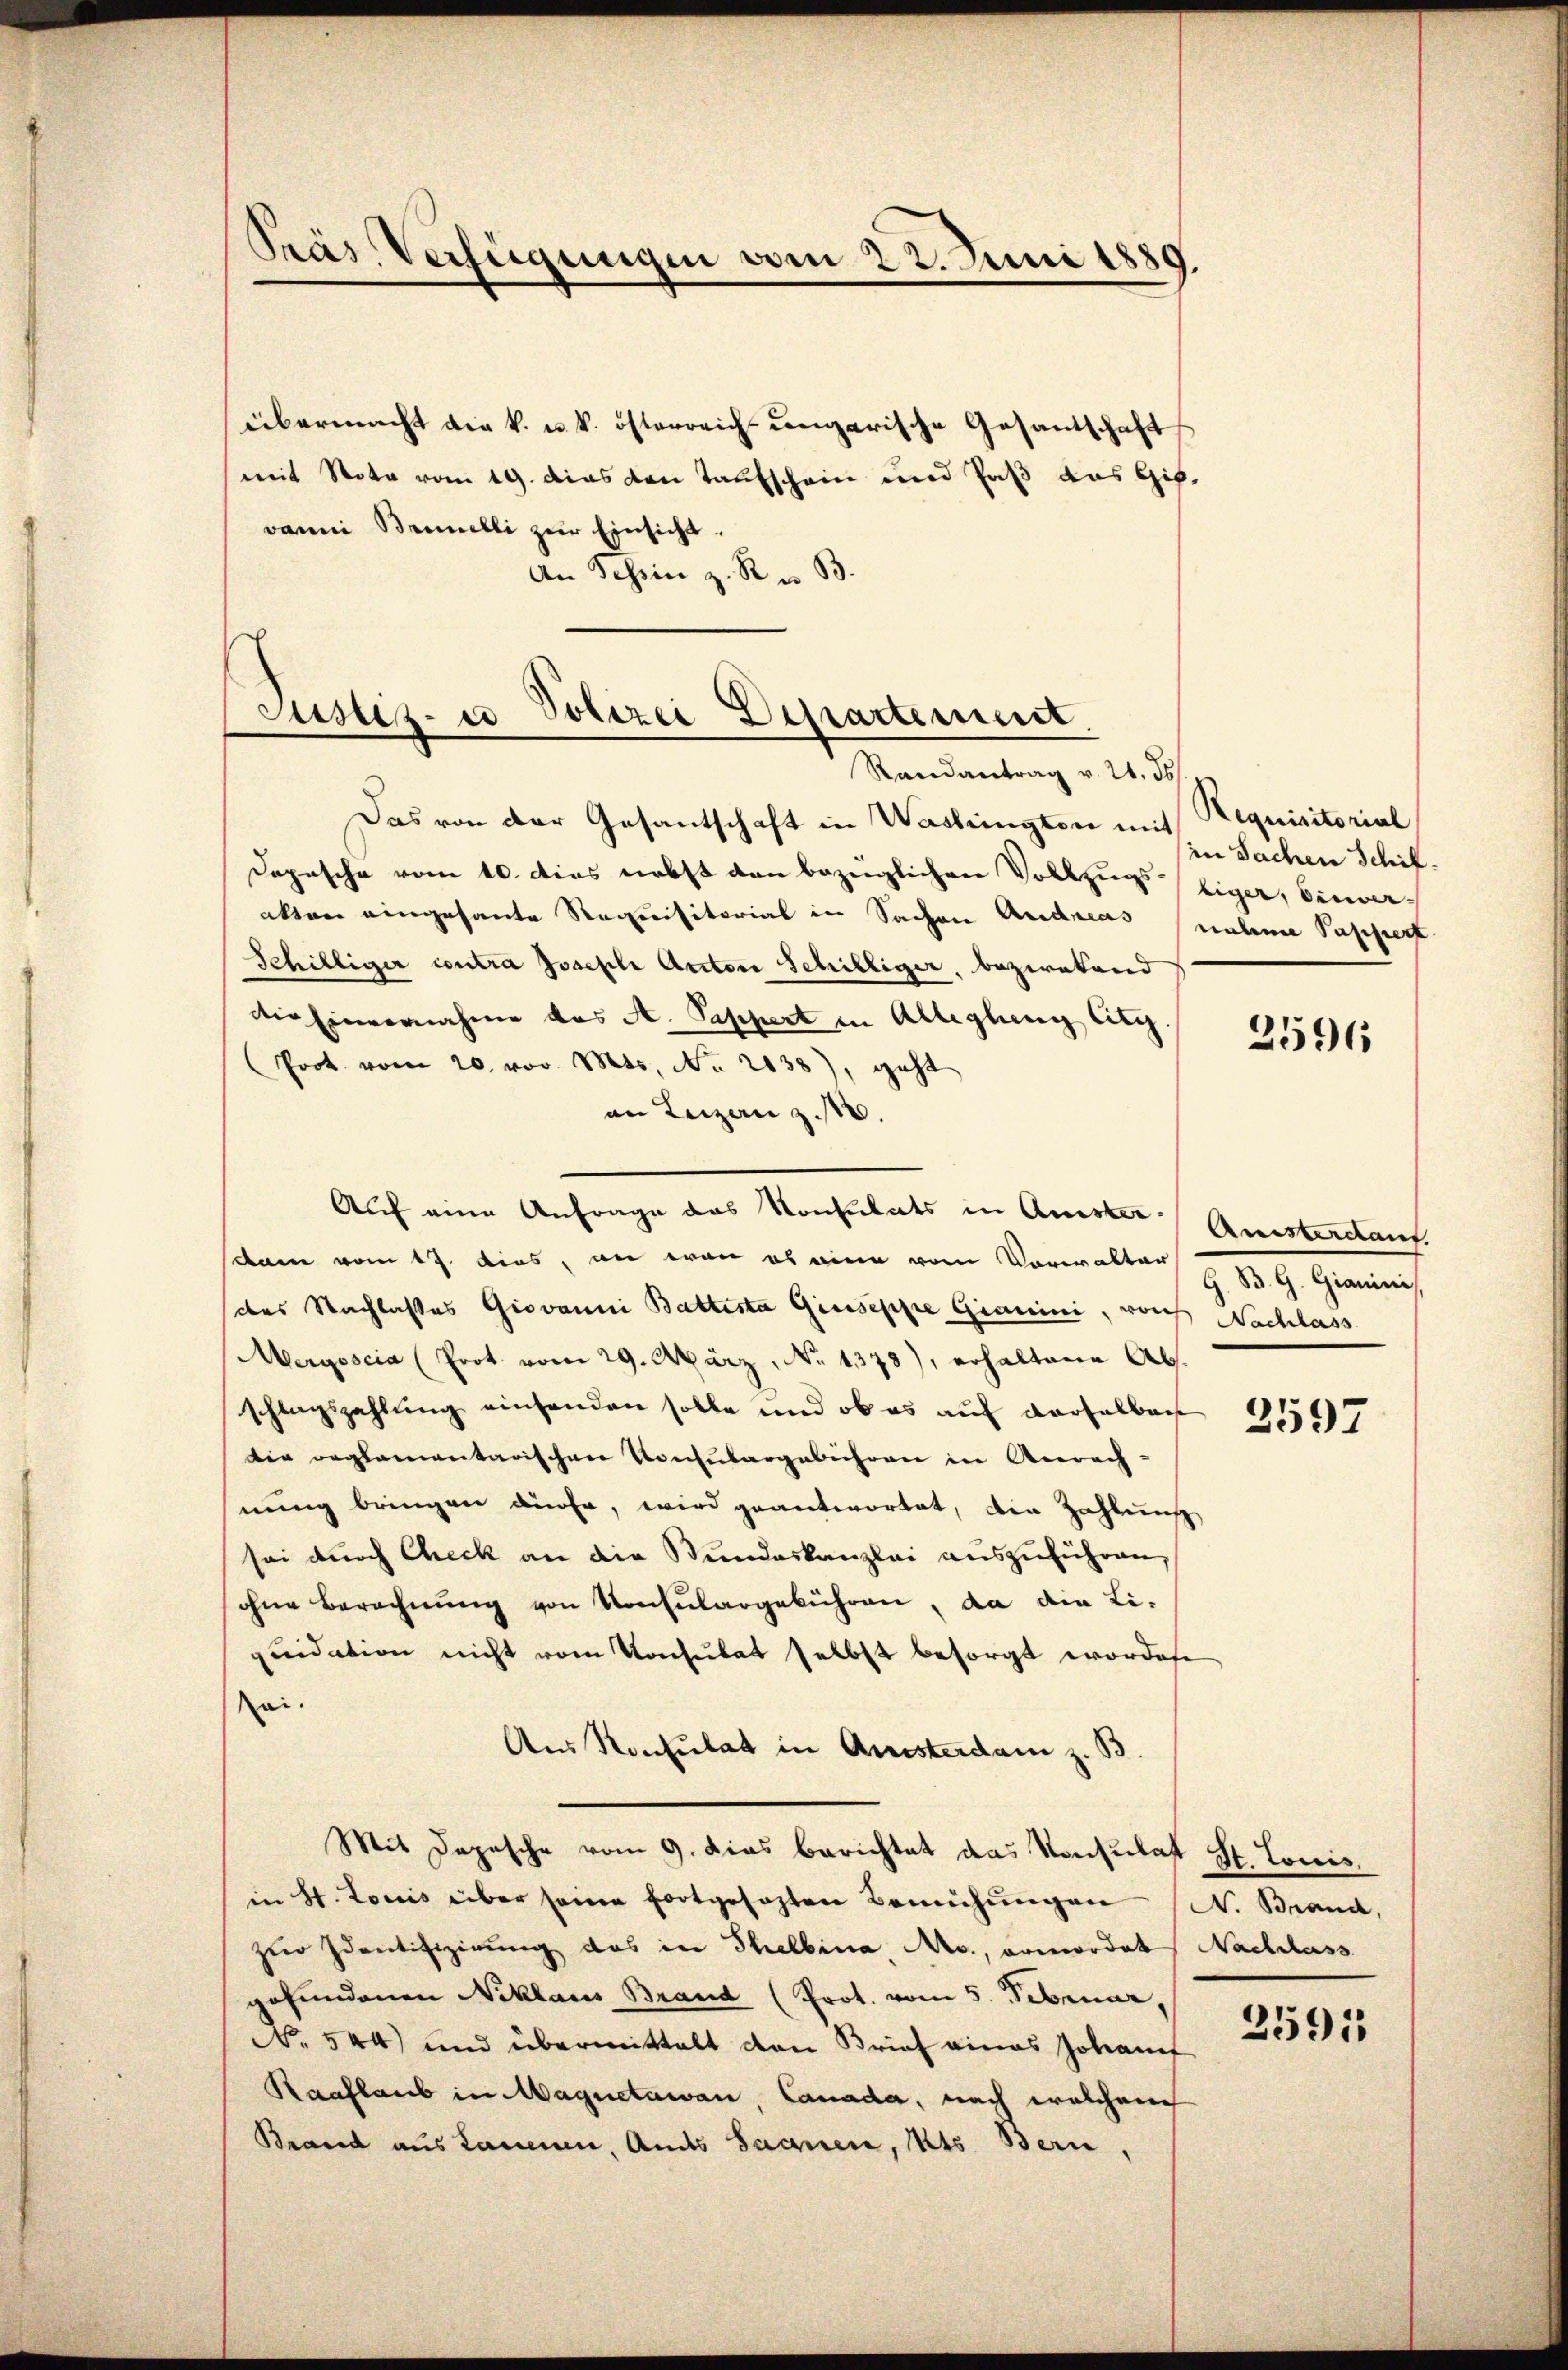
Präs. Verfügungen vom 22. Juni 1889.

übermacht die k. u. k. österreich-ungarische Gesantschafts
mit Nota vom 19. dies den Taufschein und Paß aus Gib
vanni Brinelli zur Einsicht.
An Tessin z. R. B.

Justiz- u Polizei Departement.
Randantrag v. 21. ds

Das von der Gesantschaft in Washington mit
Dopische vom 10. dies nebst den bezeiglichen Vollzugs eiger, Einwerakten eingesante Requisitorial in Sachen Andreas nahme Sappert
Schilliger contra Joseph Anton Schilliger, beziehend
die Einvernahme das A. Pappert in Alleglung litz.
Prot. vom 20. vor. Mts. No. 2138), geht
an Luzern z.
dann vom 17. dies, an wan es eine vom Vorwalten z. B. G. Gianici,
des Nachlasses Giovanni Battesta Giuseppe Gianini, von Nachlass
Mergoscia (Prot. vom 29. März, No 1378), erhaltene Abs.
schlagszahlung einsenden solle und ob es auf derselber
die reglementarischen Konsulargebühren in Anrech-
nung bringen dürfe, wird geantwortet, die Zahlung
sei durch Check an die Bundeskanzlei auszuführen,
ohne Berechnŭng von Konsulargebühren, da die Li-
quidation nicht vom Konsulat selbst besorgt worden
ei.
Aus Konsulat in Ansterdam z. B
Mit Depesche vom 9. dies berichtet das Konsulat St. Louis
in St. Louis über seine fortgesezten Bemühŭngen (N. Brand,
zur Identifizierung das in Thelbina Nro., ermordat Nachlass
gefundenen Niklaus Brand (Prot. vom 5. Februar,
No 544) und übermittelt den Brief eines Johannf
Raaflaub in Maguetawan, Canada, nach welchen
Brand aus Lanenen, Andes Saanen, Kts. Bern,

Auf eine Anfrage das Konsulats in Anster-

Requisitorial
in Sachen Schif¬

2596

Anisterdant.

2597

3591